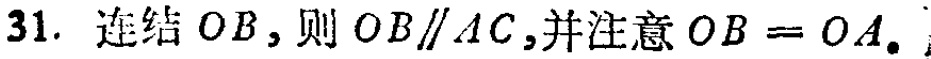
31. 连结 \(OB\)，则 \(OB\parallel AC\)，并注意 \(OB = OA\)。